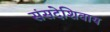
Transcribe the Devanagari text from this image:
संसदेशिवाय